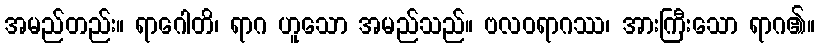
အမည်တည်း။ ရာဂေါတိ၊ ရာဂ ဟူသော အမည်သည်။ ဗလဝရာဂဿ၊ အားကြီးသော ရာဂ၏။